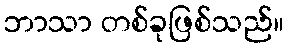
ဘာသာ တစ်ခုဖြစ်သည်။